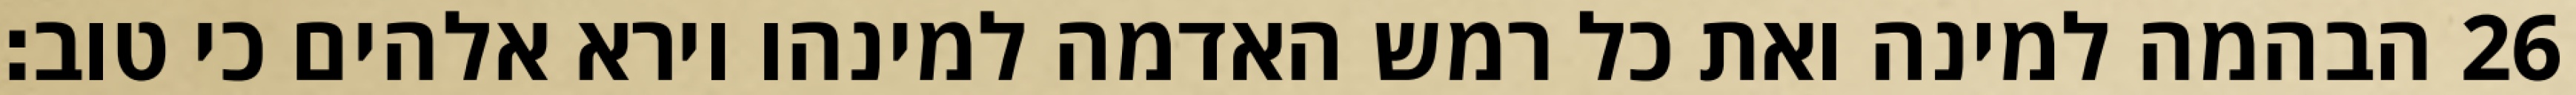
הבהמה למינה ואת כל רמש האדמה למינהו וירא אלהים כי טוב׃ ‎26‏